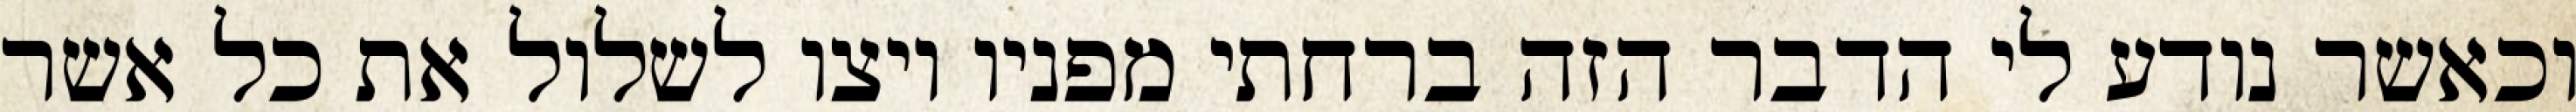
וכאשר נודע לי הדבר הזה ברחתי מפניו ויצו לשלול את כל אשר